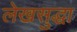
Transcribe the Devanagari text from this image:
लेखसुद्धा